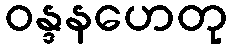
ဝန္ဒနဟေတု